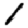
Digit: 1